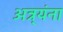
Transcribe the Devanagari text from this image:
अत्र्यंना